King Institute of Preventive Medicine Bacteriolog. Section reports 1907-08
Year: 1907
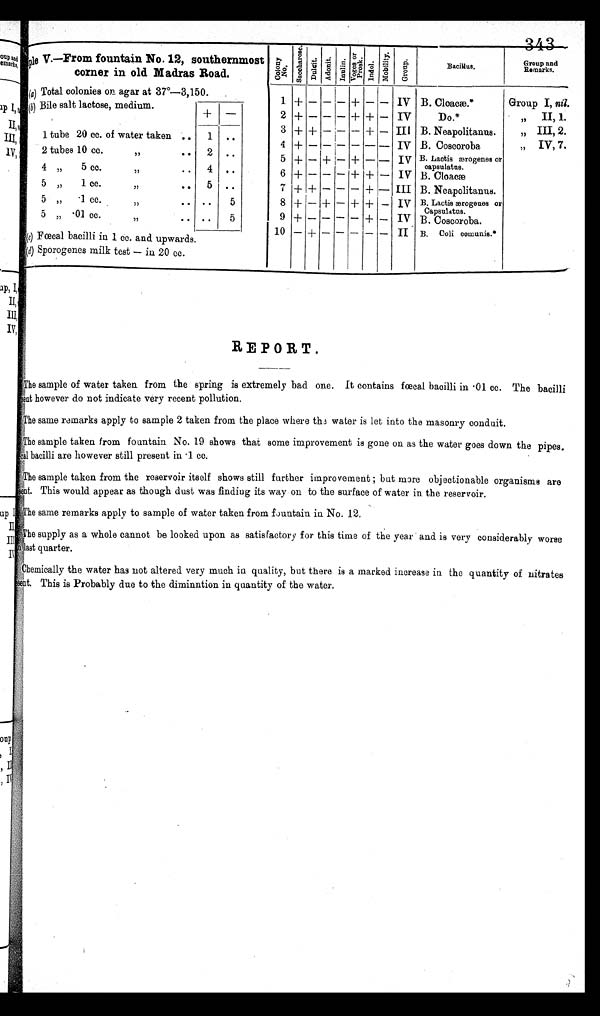
343
S i m p l e
V . — F r o m f o u n t a i n N o . 1 2 , s o u t h e r n m o s t
corner in old Madras Road.
C o l o n y
N o .
S a c c h a r r o s e .
D u l c i t . A d d o n i t . I n u l i n .
V o g e s a n d
P r o s k . I n d o l .
M o b i l i t y .
G r o u p .
Bacillus.
Group and
Remarks.
(a) Total colonies on agar at 37º—3,150.
.
1 + — — — + — — IV B. Cloacæ.*
Group I, nil.
(b) Bile salt lactose, medium.
+ —
2 + —
— — + + — IV
Do.*
„ II, 1.
1 tube 20 cc. of water taken ..
3 + +
— — — + — III B. Neapolitanus.
, ,
I I I , 2 .
1 ..
4 + — — — — — — IV B. Coscoroba
,, IV, 7.
2 tubes 10 cc.
, , . . 2 ..
5 + — + — + — — IV B. Lactis ærogenes or capsulatus.
4 „
5 c c .
, ,
.
.
4 ..
6 + — — — + +
— IV B . C l o a c æ
5 „
1 cc. ,, . .
5 ..
7 + + — — — + — III B. Neapolitanus.
5 „
· 1
c c . , ,
. . ..
5
8 + — + — + + — IV B. Lactis ærogeues or
Capsulatus.
5 „ ·01 cc. ,, . . ..
5
9 + — — — — + — IV B Coscoroba.
10
— +
— — —
— II B. Coil comunis.*
(c) Fœcal bacilli in 1 cc. and upwards.
(d) Sporogenes milk test — in 20 cc.
REPORT.
The sample of water taken from the spring is extremely bad one. It contains fœcal bacilli in ·01 cc. The bacilli
sent however do not indicate very recent pollution.
The same remarks apply to sample 2 taken from the place where the water is let into the masonry conduit.
The sample taken from fountain No. 19 shows that some improvement is gone on as the water goes down the pipes.
fœcal bacilli are however still present in ·1 cc.
The sample taken from the reservoir itself shows still further improvement ; but more objectionable organisms are
This would appear as though dust was finding its way on to the surface of water in the reservoir.
The same remarks apply to sample of water taken from fountain in No. 12.
The supply as a whole cannot be looked upon as satisfactory for this time of the year and is very considerably worse
last quarter.
Chemically the water has not altered very much in quality, but there is a marked increase in the quantity of nitrates
This is Probably due to the diminution in quantity of the water.